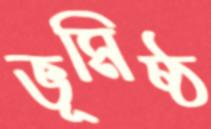
ভূমিষ্ঠ